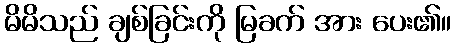
မိမိသည် ချစ်ခြင်းကို မြခက် အား ပေး၏။